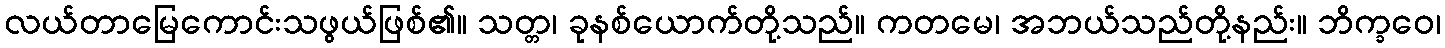
လယ်တာမြေကောင်းသဖွယ်ဖြစ်၏။ သတ္တ၊ ခုနစ်ယောက်တို့သည်။ ကတမေ၊ အဘယ်သည်တို့နည်း။ ဘိက္ခဝေ၊